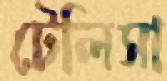
টেলিসা